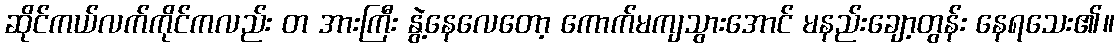
ဆိုင်ကယ်လက်ကိုင်ကလည်း တ အားကြီး နွဲ့နေလေတော့ ကောက်မကျသွားအောင် မနည်းချော့တွန်း နေရသေး၏။